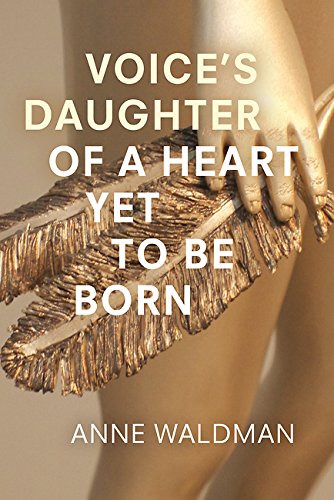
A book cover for Voice's Daughter of a Heart Yet To Be Born; Anne Waldman; Literature & Fiction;